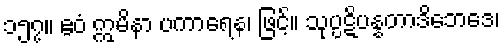
၁၅၇။ ဧဝံ ဣမိနာ ပကာရေန၊ ဖြင့်။ သုပ္ပဋိပန္နတာဒိဘေဒေ၊